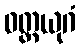
ဝတ္ထယုဂံ